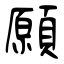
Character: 願